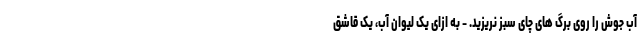
آب جوش را روی برگ های چای سبز نریزید. - به ازای یک لیوان آب، یک قاشق